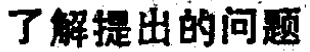
了解提出的问题